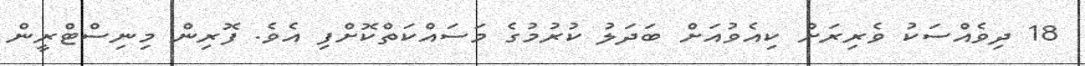
18 ދިވެއްސަކު ވެރިރަށް ކިއެވުއަށް ބަދަލު ކުރުމުގެ މަސައްކަތްކޮށްފި އެވެ. ފޮރިން މިނިސްޓްރީން